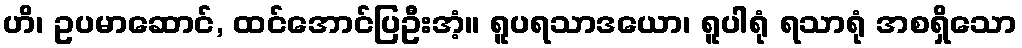
ဟိ၊ ဥပမာဆောင်, ထင်အောင်ပြဦးအံ့။ ရူပရသာဒယော၊ ရူပါရုံ ရသာရုံ အစရှိသော